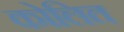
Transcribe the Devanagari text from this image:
कोलित